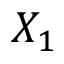
X _ { 1 }